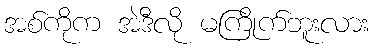
အစ်ကိုက အဲဒီလို မကြိုက်ဘူးလား